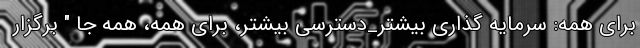
برای همه: سرمایه گذاری بیشتر_دسترسی بیشتر، برای همه، همه جا " برگزار